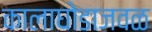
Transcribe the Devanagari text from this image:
कालाघोडाजवळ